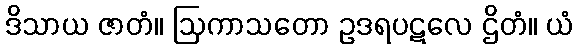
ဒိသာယ ဇာတံ။ ဩကာသတော ဥဒရပဋလေ ဌိတံ။ ယံ